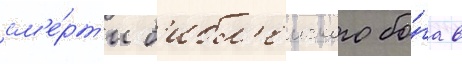
см'е́рт'и б'ибл'еиского бо́га в